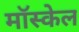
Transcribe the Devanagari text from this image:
मॉस्केल